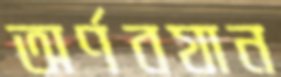
অর্ণবযান